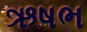
ઋષભ